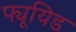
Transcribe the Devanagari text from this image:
फ्यूयिड